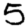
Digit: 5